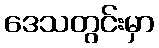
ဒေသတွင်းမှာ